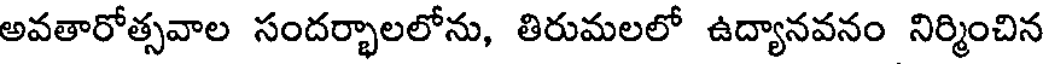
అవతారోత్సవాల సందర్భాలలోను, తిరుమలలో ఉద్యానవనం నిర్మించిన